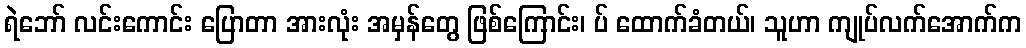
ရဲဘော် လင်းကောင်း ပြောတာ အားလုံး အမှန်တွေ ဖြစ်ကြောင်း၊ ပ် ထောက်ခံတယ်၊ သူဟာ ကျုပ်လက်အောက်က